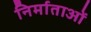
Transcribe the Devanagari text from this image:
निर्माताआें